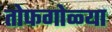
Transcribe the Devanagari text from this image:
तोफगोळ्या